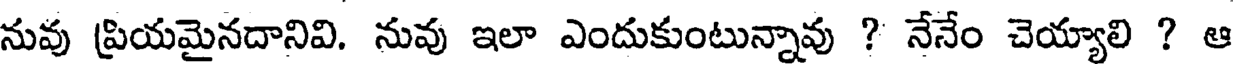
నువు ప్రియమైనదానివి. నువు ఇలా ఎందుకుంటున్నావు ? నేనేం చెయ్యాలి ? ఆ